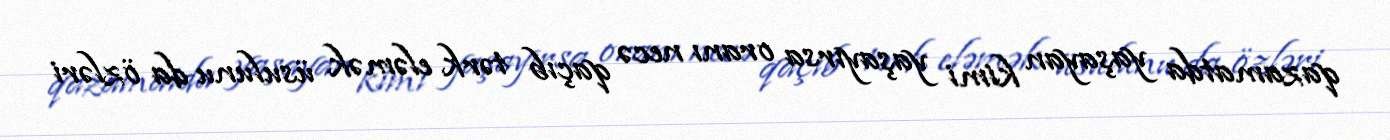
qazamatda yaşayan kimi yaşayırsa oranı necə qaçıb tərk eləmək üsulunu da özləri